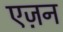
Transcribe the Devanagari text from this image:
एज़न